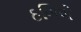
ઠળિયો